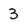
Character: 3